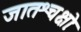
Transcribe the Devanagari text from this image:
जातश्चक्षोः